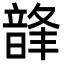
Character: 韸